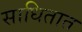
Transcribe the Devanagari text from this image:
साधितात